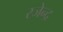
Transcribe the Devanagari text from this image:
रजेन्द्र